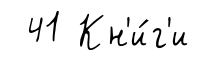
41 Кн'и́г'и